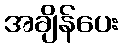
အချိန်ပေး